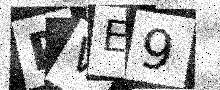
Text: PVE9